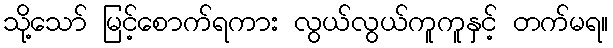
သို့သော် မြင့်စောက်ရကား လွယ်လွယ်ကူကူနှင့် တက်မရ။